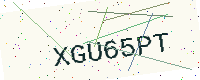
Text: XGU65PT